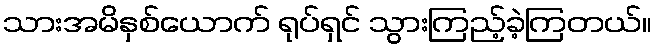
သားအမိနှစ်ယောက် ရုပ်ရှင် သွားကြည့်ခဲ့ကြတယ်။